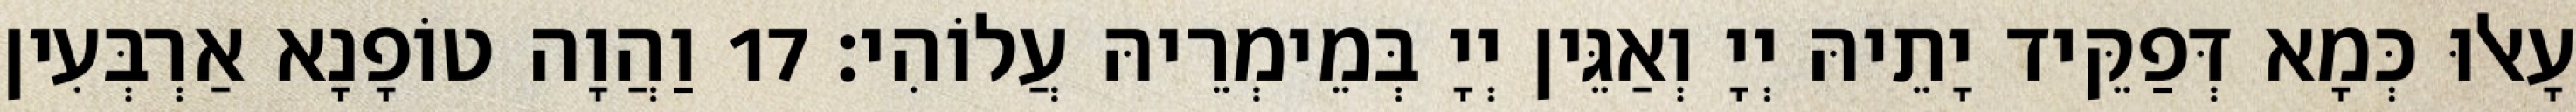
עָאלוּ כְּמָא דְּפַקֵּיד יָתֵיהּ יְיָ וְאַגֵּין יְיָ בְּמֵימְרֵיהּ עֲלוֹהִי׃ 17 וַהֲוָה טוֹפָנָא אַרְבְּעִין